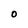
Character: O